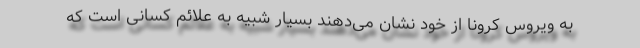
به ویروس کرونا از خود نشان می‌دهند بسیار شبیه به علائم کسانی است که